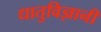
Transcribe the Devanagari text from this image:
धातुविज्ञानी